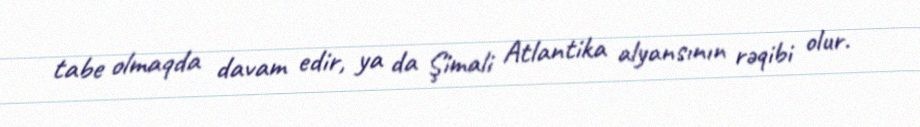
tabe olmaqda davam edir, ya da Şimali Atlantika alyansının rəqibi olur.